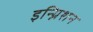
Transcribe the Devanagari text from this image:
इन्ग्निशन